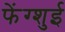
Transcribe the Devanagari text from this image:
फेंग्शुई